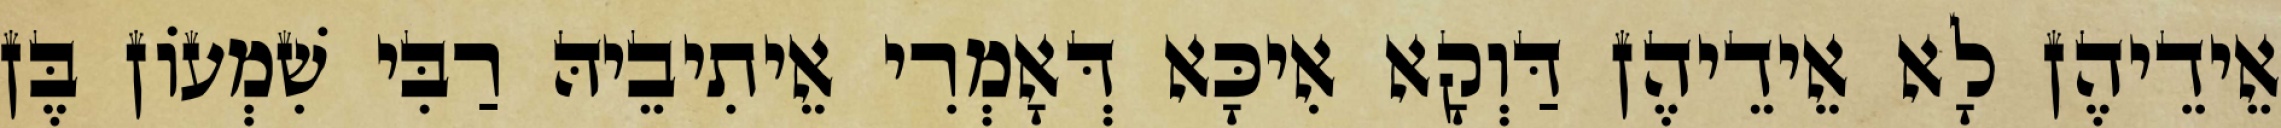
אֵידֵיהֶן לָא אֵידֵיהֶן דַּוְקָא אִיכָּא דְּאָמְרִי אֵיתִיבֵיהּ רַבִּי שִׁמְעוֹן בֶּן